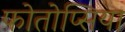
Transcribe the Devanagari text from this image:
फोतोप्सिया